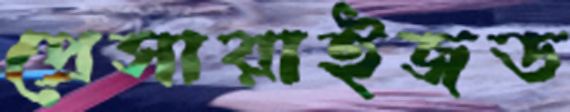
প্রেসারাইজড